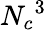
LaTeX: {{N}_{c}}^{3}